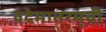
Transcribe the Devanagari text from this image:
वंदेमातरम्‌ची